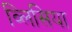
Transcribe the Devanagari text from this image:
व्लिसिया